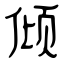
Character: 倾